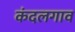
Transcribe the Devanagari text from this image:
कंदलगाव